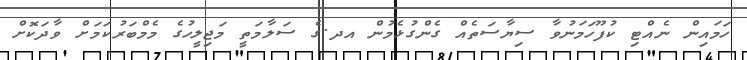
ހަމައިން ނެއްޓި ކުފޫހަމަނުވާ ސިޔާސަތެއް ގެންގުޅެމުން އދ.ގެ ސަލާމަތީ މަޖިލީހުގެ މެމްބަރުކަމަށް ވާދަކޮށް